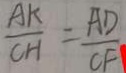
\frac { A K } { C H } = \frac { A D } { C F }